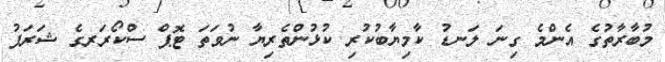
މުބާރާތުގެ އެންމެ ގިނަ ލަނޑު ކާމިޔާބުކުރި ކުޅުންތެރިޔާ ނުވަތަ ޓޮޕް ސްކޯރަރގެ ޝަރަފު